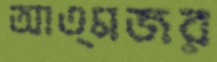
আত্মজর